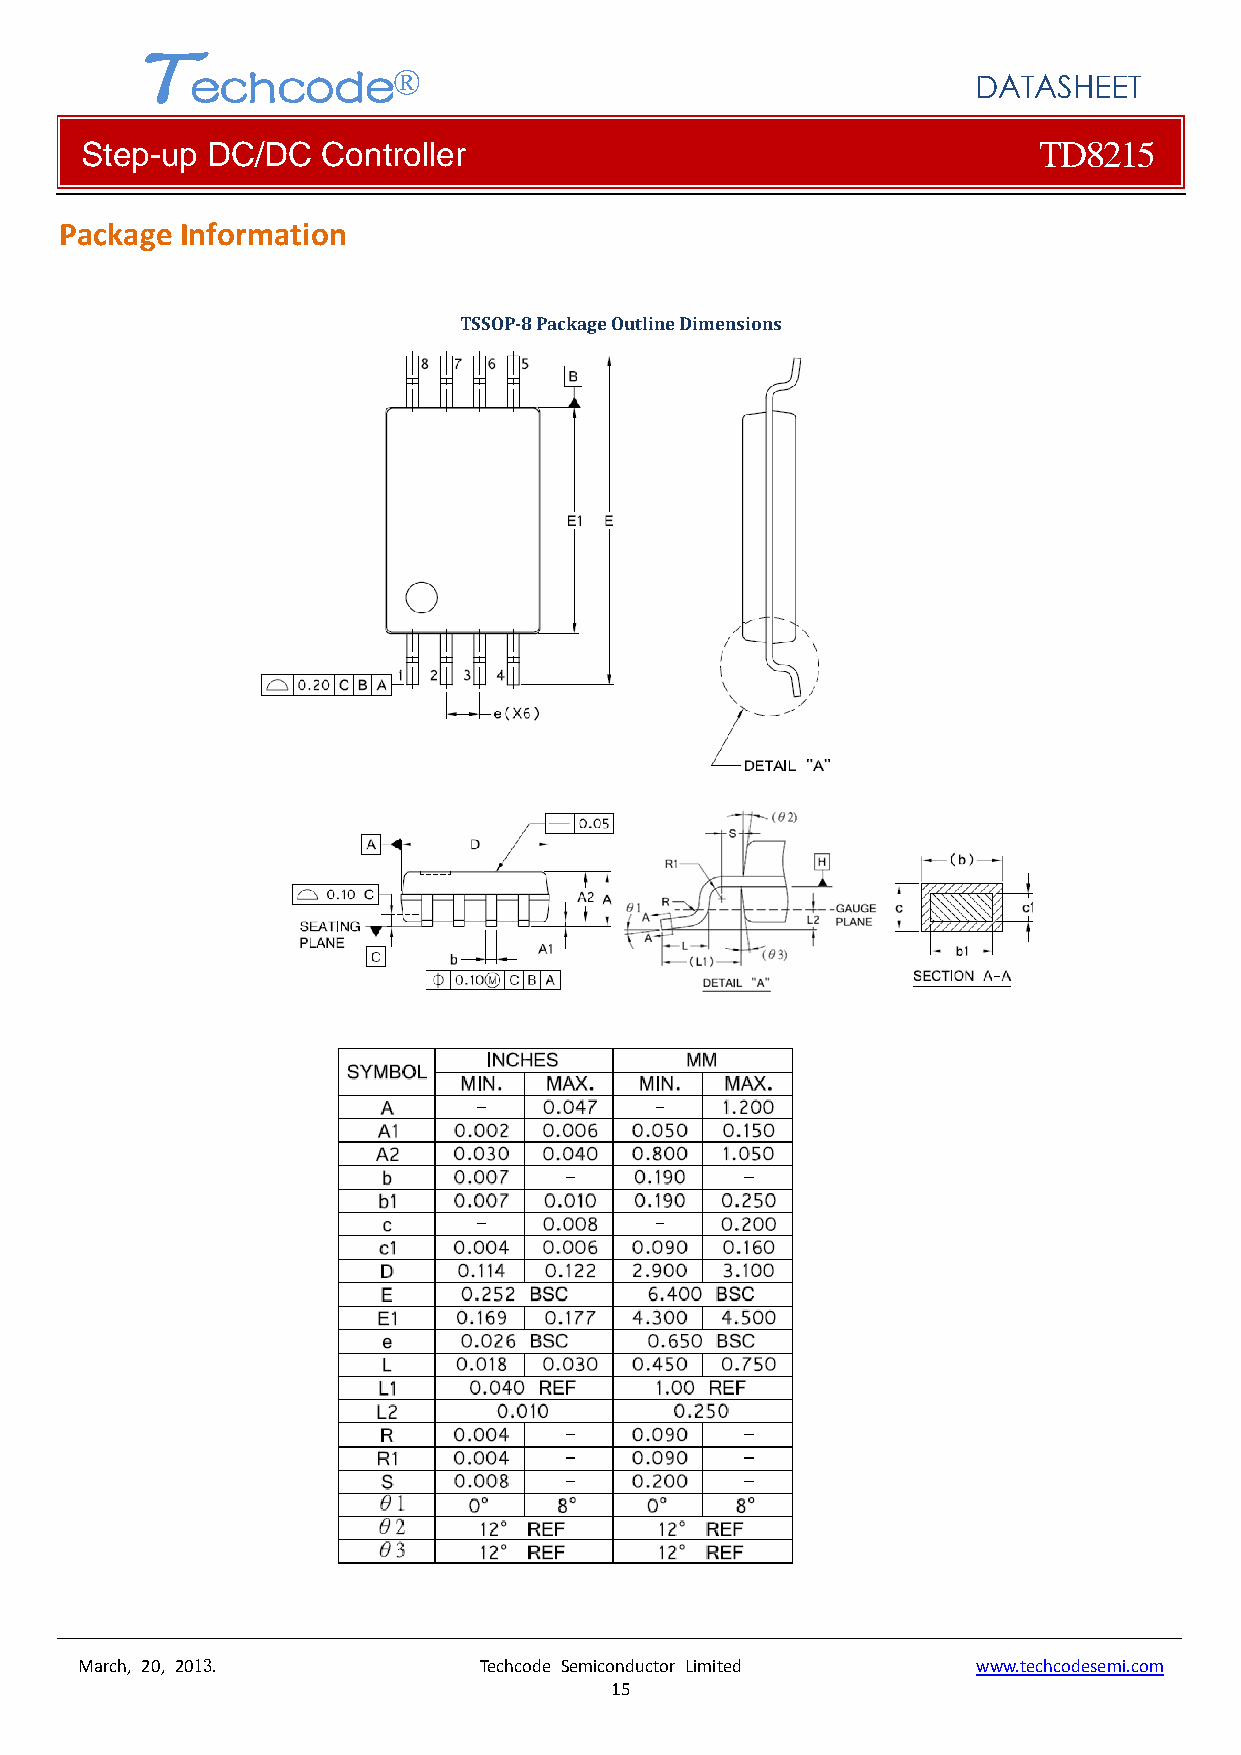
T
 echcode®
 DATASHEET
 Step-up  DC/DC  Controller                                      TD8215
 Package Information
 TSSOP­8 Package Outline Dimensions
 March, 20, 2013.           Techcode Semiconductor Limited   www.techcodesemi.com
 15